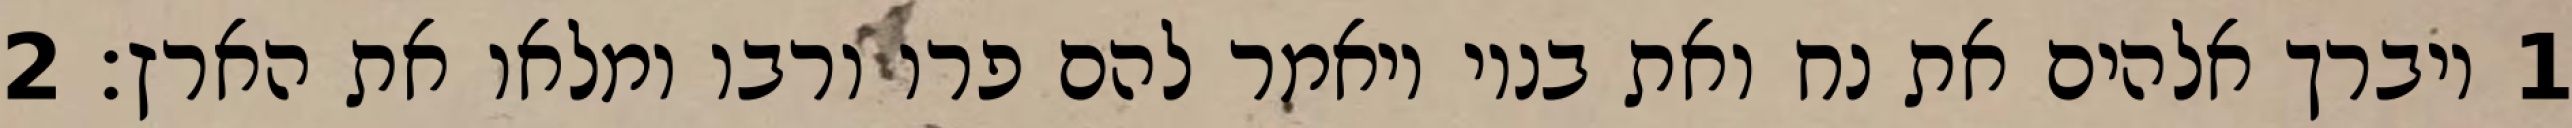
1 ויברך אלהים את נח ואת בניו ויאמר להם פרו ורבו ומלאו את הארץ׃ ‎2‏